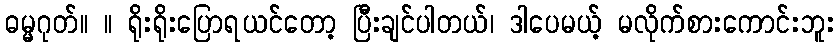
ဓမ္မဂုတ်။ ။ ရိုးရိုးပြောရယင်တော့ ပြီးချင်ပါတယ်၊ ဒါပေမယ့် မလိုက်စားကောင်းဘူး